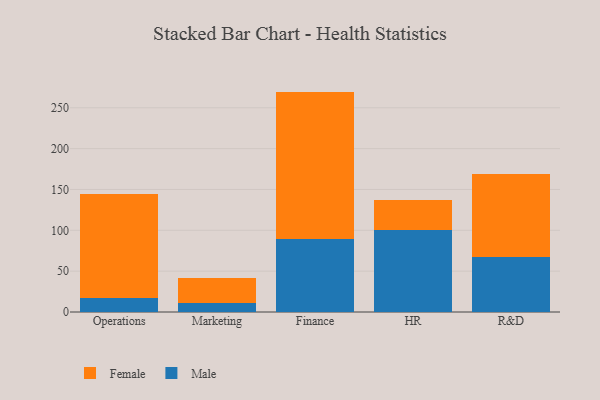
{"axis": {"x": "Department", "y": "Energy Usage (MWh)"}, "legend": ["Female", "Male"], "data": [{"x": "Operations", "y": 17.6, "type": "Male"}, {"x": "Operations", "y": 126.7, "type": "Female"}, {"x": "Marketing", "y": 10.9, "type": "Male"}, {"x": "Marketing", "y": 31.2, "type": "Female"}, {"x": "Finance", "y": 89.9, "type": "Male"}, {"x": "Finance", "y": 179.9, "type": "Female"}, {"x": "HR", "y": 100.0, "type": "Male"}, {"x": "HR", "y": 37.5, "type": "Female"}, {"x": "R&D", "y": 67.8, "type": "Male"}, {"x": "R&D", "y": 101.6, "type": "Female"}]}